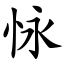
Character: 怺